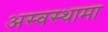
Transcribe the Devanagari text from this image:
अस्वस्थामा